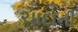
ચાદાની